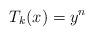
LaTeX: \begin{align*} T_{k}(x)=y^{n}\end{align*}